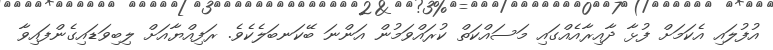
އުފުލައި އެކަމަށް ފުޅާ ދާއިރާއެއްގައި މަސައްކަތް ކުރައްވަމުން އަންނަ ބޭކަނބަލެކެވެ. ރަފިއްޔާއަށް ލިބިވަޑައިގެންފައިވާ